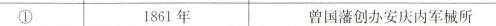
① 1861年 曾国藩创办安庆内军械所